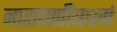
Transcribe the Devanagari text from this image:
नारायणीयधर्म